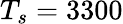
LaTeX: T_{s}=3300